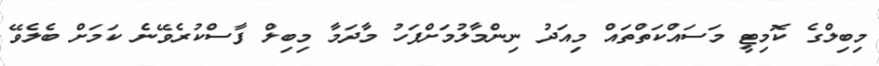
މިބިލްގެ ކޮމިޓީ މަސައްކަތްތައް މިއަދު ނިންމާލުމަށްފަހު މާދަމާ މިބިލް ފާސްކުރެވޭނެ ކަަމަށް ބެލެވޭ